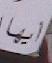
أيها